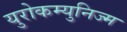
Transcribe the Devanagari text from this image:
युरोकम्युनिज्म